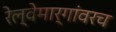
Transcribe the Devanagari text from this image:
रेल्वेमार्गांवरच